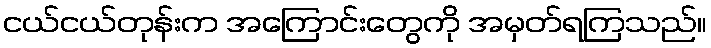
ငယ်ငယ်တုန်းက အကြောင်းတွေကို အမှတ်ရကြသည်။